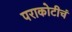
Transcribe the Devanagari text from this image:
पराकोटीचं